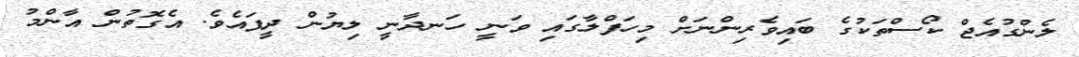
ލެންގުއެޖް ކޯސްތަކުގެ ބައިވެރިންނަށް މިހަފްލާގައި ވަނީ ހަނދާނީ ލިޔުން ދީފައެވެ. އެގޮތުން އާންމު